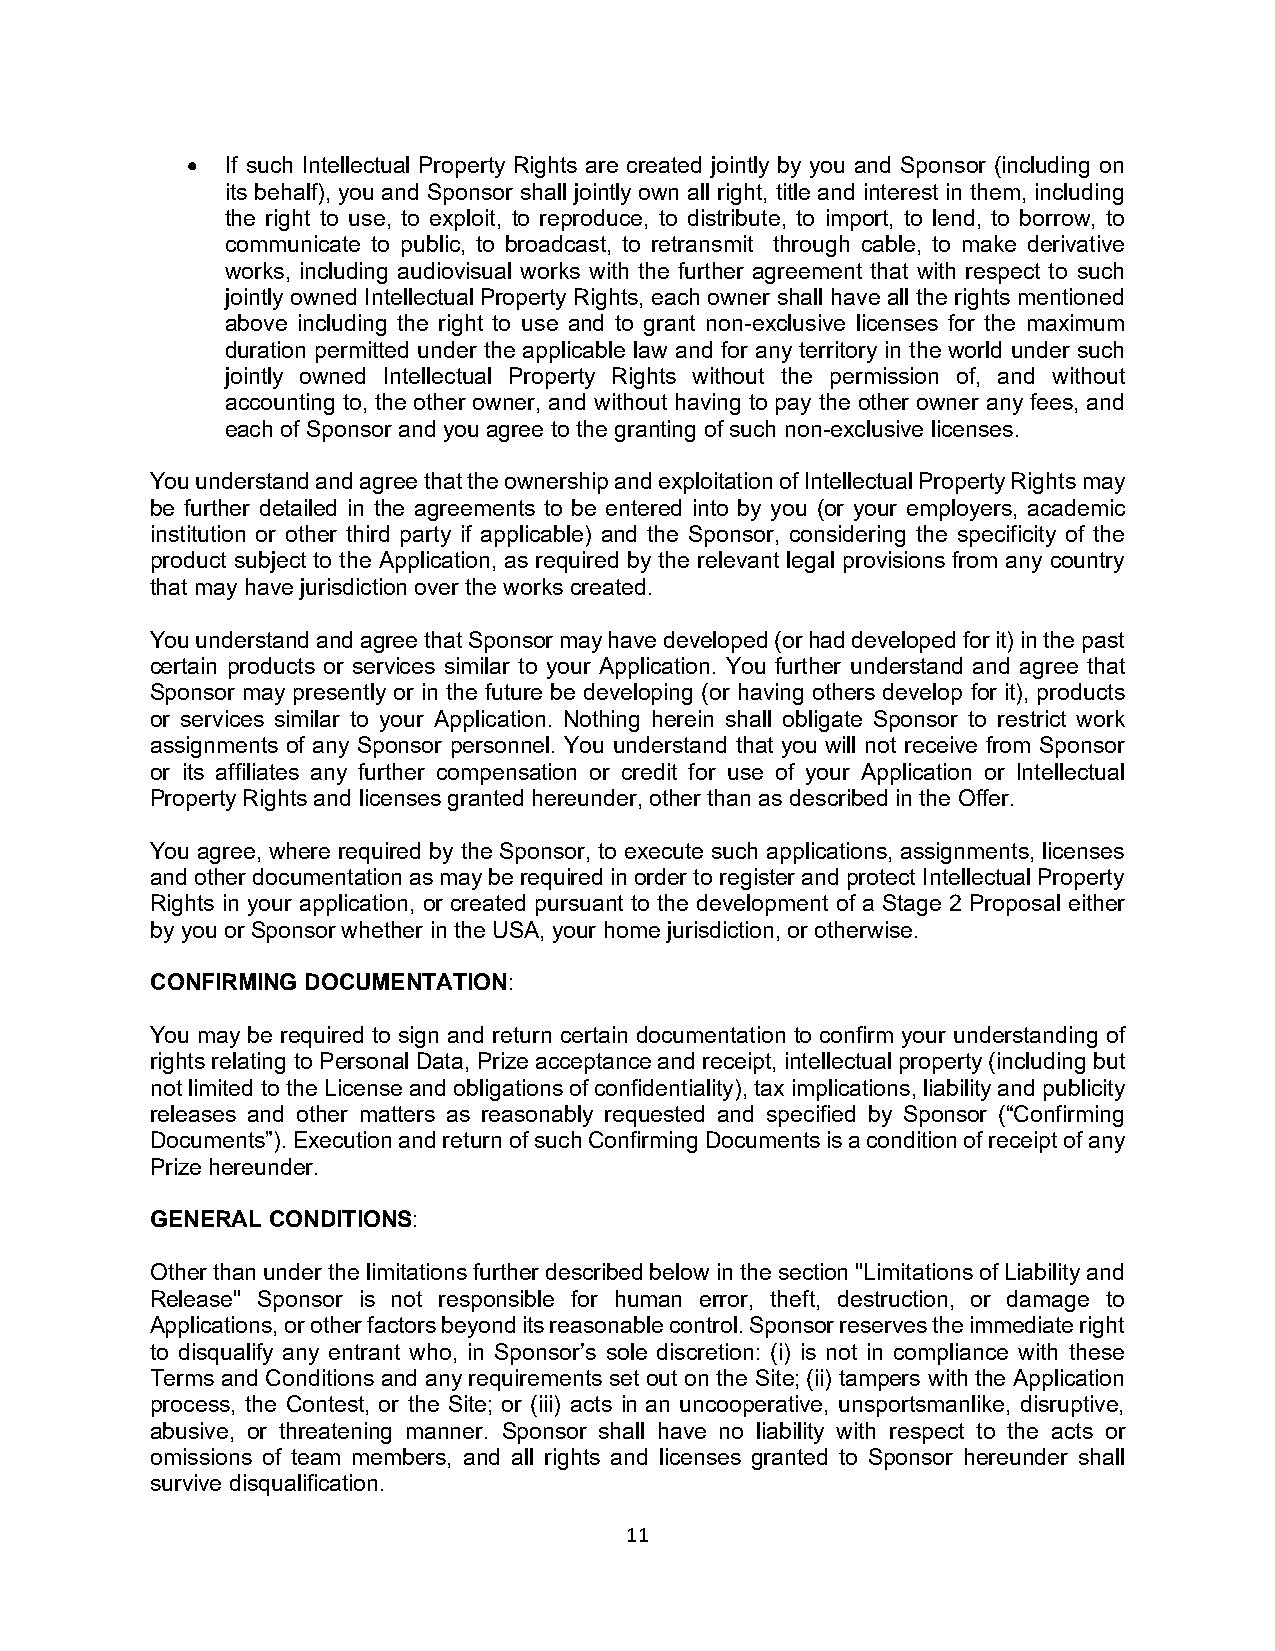
•  If such Intellectual Property Rights are created jointly by you and Sponsor (including on
 its behalf), you and Sponsor shall jointly own all right, title and interest in them, including
 the right to use, to exploit, to reproduce, to distribute, to import, to lend, to borrow, to
 communicate to public, to broadcast, to retransmit through cable, to make derivative
 works, including audiovisual works with the further agreement that with respect to such
 jointly owned Intellectual Property Rights, each owner shall have all the rights mentioned
 above including the right to use and to grant non-exclusive licenses for the maximum
 duration permitted under the applicable law and for any territory in the world under such
 jointly owned Intellectual Property Rights without the permission of, and without
 accounting to, the other owner, and without having to pay the other owner any fees, and
 each of Sponsor and you agree to the granting of such non-exclusive licenses.
 You understand and agree that the ownership and exploitation of Intellectual Property Rights may
 be further detailed in the agreements to be entered into by you (or your employers, academic
 institution or other third party if applicable) and the Sponsor, considering the specificity of the
 product subject to the Application, as required by the relevant legal provisions from any country
 that may have jurisdiction over the works created.
 You understand and agree that Sponsor may have developed (or had developed for it) in the past
 certain products or services similar to your Application. You further understand and agree that
 Sponsor may presently or in the future be developing (or having others develop for it), products
 or services similar to your Application. Nothing herein shall obligate Sponsor to restrict work
 assignments of any Sponsor personnel. You understand that you will not receive from Sponsor
 or its affiliates any further compensation or credit for use of your Application or Intellectual
 Property Rights and licenses granted hereunder, other than as described in the Offer.
 You agree, where required by the Sponsor, to execute such applications, assignments, licenses
 and other documentation as may be required in order to register and protect Intellectual Property
 Rights in your application, or created pursuant to the development of a Stage 2 Proposal either
 by you or Sponsor whether in the USA, your home jurisdiction, or otherwise.
 CONFIRMING DOCUMENTATION:
 You may be required to sign and return certain documentation to confirm your understanding of
 rights relating to Personal Data, Prize acceptance and receipt, intellectual property (including but
 not limited to the License and obligations of confidentiality), tax implications, liability and publicity
 releases and other matters as reasonably requested and specified by Sponsor (“Confirming
 Documents”). Execution and return of such Confirming Documents is a condition of receipt of any
 Prize hereunder.
 GENERAL CONDITIONS:
 Other than under the limitations further described below in the section "Limitations of Liability and
 Release" Sponsor is not responsible for human error, theft, destruction, or damage to
 Applications, or other factors beyond its reasonable control. Sponsor reserves the immediate right
 to disqualify any entrant who, in Sponsor’s sole discretion: (i) is not in compliance with these
 Terms and Conditions and any requirements set out on the Site; (ii) tampers with the Application
 process, the Contest, or the Site; or (iii) acts in an uncooperative, unsportsmanlike, disruptive,
 abusive, or threatening manner. Sponsor shall have no liability with respect to the acts or
 omissions of team members, and all rights and licenses granted to Sponsor hereunder shall
 survive disqualification.
 11